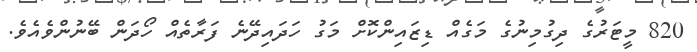
820 މީޓަރުގެ ދިގުމިނުގެ މަގެއް ޑިޒައިންކޮށް މަގު ހަދައިދޭނެ ފަރާތެއް ހޯދަން ބޭނުންވެއެވެ.